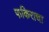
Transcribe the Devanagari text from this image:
फकिराचा